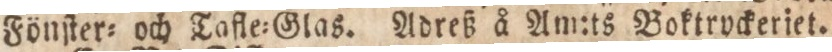
Fönſter= och Tafle=Glas. Adreß å Am:ts Boktryckeriet.